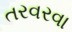
તરવરવા